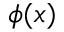
\phi ( x )